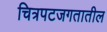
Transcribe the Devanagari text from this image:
चित्रपटजगतातील